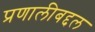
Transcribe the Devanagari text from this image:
प्रणालीबद्दल